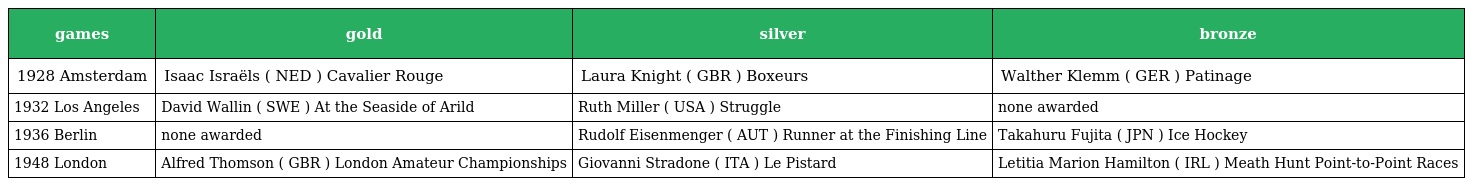
| games | gold | silver | bronze |
 | --- | --- | --- | --- |
 | 1928 Amsterdam | Isaac Israëls ( NED ) Cavalier Rouge | Laura Knight ( GBR ) Boxeurs | Walther Klemm ( GER ) Patinage |
 | 1932 Los Angeles | David Wallin ( SWE ) At the Seaside of Arild | Ruth Miller ( USA ) Struggle | none awarded |
 | 1936 Berlin | none awarded | Rudolf Eisenmenger ( AUT ) Runner at the Finishing Line | Takahuru Fujita ( JPN ) Ice Hockey |
 | 1948 London | Alfred Thomson ( GBR ) London Amateur Championships | Giovanni Stradone ( ITA ) Le Pistard | Letitia Marion Hamilton ( IRL ) Meath Hunt Point-to-Point Races |